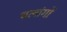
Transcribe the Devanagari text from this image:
चलांगों